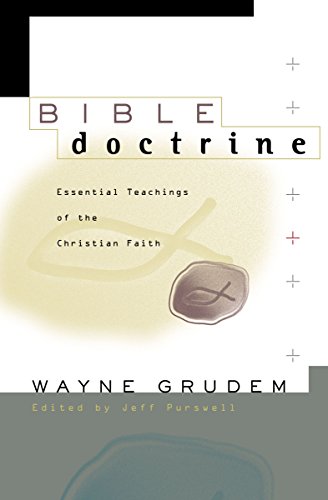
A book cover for Bible Doctrine: Essential Teachings of the Christian Faith; Wayne Grudem; Christian Books & Bibles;